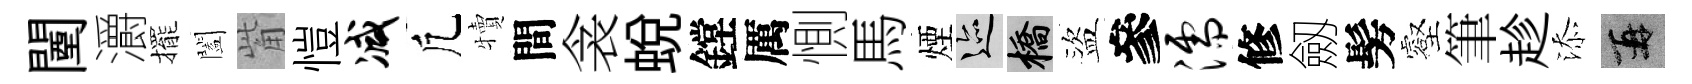
闉灂擺闔觜愷减凢犢間衾蛻鏜厲惻馬煙迹橋盜參濡修劔髣壑筆趁添再